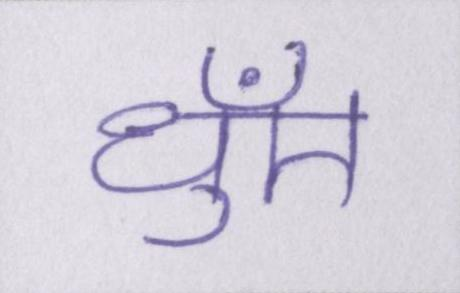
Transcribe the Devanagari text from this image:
धुँए